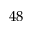
4 8